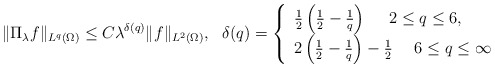
\begin{align*}\| \Pi_\lambda f \|_{L^q (\Omega)} \leq C \lambda^{\delta(q)} \| f \|_{L^2 (\Omega)}, \ \ \delta(q) = \left\{\begin{array}{l}\frac{1}{2} \left( \frac12 - \frac{1}{q} \right) \ \ \ \ 2 \leq q \leq 6, \\2 \left( \frac12 - \frac1{q} \right) - \frac12 \ \ \ \ 6 \leq q \leq \infty\end{array} \right.\end{align*}